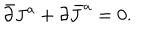
\bar { \partial } J ^ { a } + \partial \bar { J } ^ { a } = 0 .